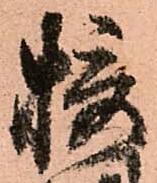
摂